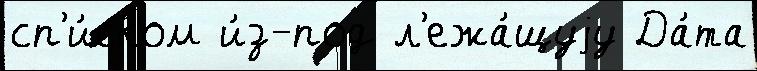
сп'и́ском и́з-под л'ежа́щуjу Да́та